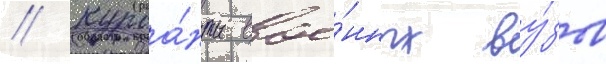
// Курса́нты вое́нных ву́зов